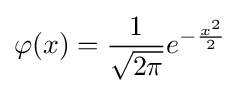
\varphi (x)={\frac {1}{\sqrt {2\pi }}}e^{-{\frac {x^{2}}{2}}}